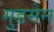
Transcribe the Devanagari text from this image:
गुडमेन